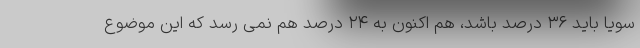
سویا باید ۳۶ درصد باشد، هم اکنون به ۲۴ درصد هم نمی رسد که این موضوع